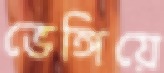
ভেঙ্গিয়ে